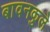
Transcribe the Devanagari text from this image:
बावनकुले